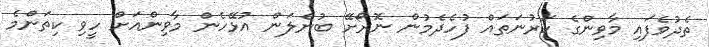
ތެދުވެފައި މާވިންގެ ކަރުނަތައް ފުހެދެމުން ނޮރޯށޭ ބުނެލަން އުޅޭހެން މާވިންއަށް ހީވި ކިތަންމެ